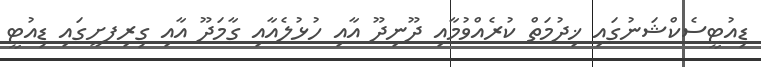
ޑިއުޓީސެކްޝަނުގައި ޚިދުމަތް ކުރެއްވުމާއި ދޫނިދޫ އާއި ހުޅުލެއާއި ގާމަދޫ އާއި ގިރިފށީގައި ޑިއުޓީ